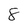
Character: 8